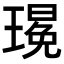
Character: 𪼚